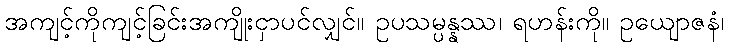
အကျင့်ကိုကျင့်ခြင်းအကျိုးငှာပင်လျှင်။ ဥပသမ္ပန္နဿ၊ ရဟန်းကို။ ဥယျောဇနံ၊